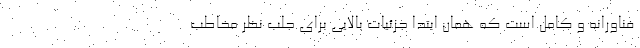
فناورانه و کامل است که همان ابتدا جزئیات بالایی برای جلب نظر مخاطب